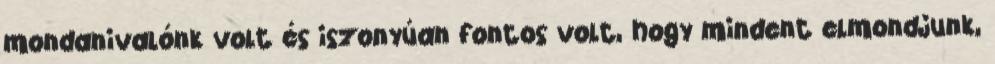
mondanivalónk volt és iszonyúan fontos volt, hogy mindent elmondjunk,